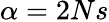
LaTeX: \alpha=2Ns